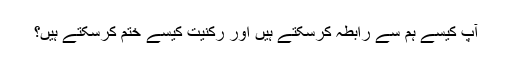
آپ کیسے ہم سے رابطہ کرسکتے ہیں اور رکنیت کیسے ختم کرسکتے ہیں؟